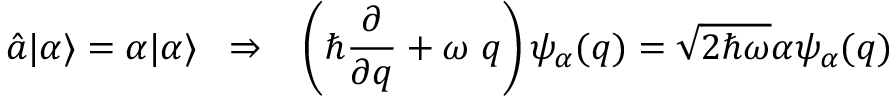
\hat { a } | \alpha \rangle = \alpha | \alpha \rangle \; \; \Rightarrow \; \; \; \left( \hbar \frac { \partial } { \partial q } + \omega \; q \right) \psi _ { \alpha } ( q ) = \sqrt { 2 \hbar \omega } \alpha \psi _ { \alpha } ( q )